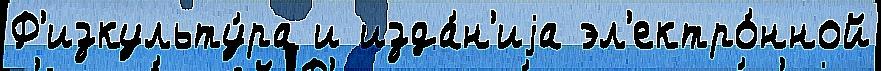
Ф'изкульту́ра и изда́н'иjа эл'ектро́нной